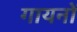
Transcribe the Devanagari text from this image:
गायनों